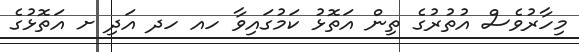
މިހާރުވެސް އުތުރުގެ ތިން އަތޮޅު ކަމުގައިވާ ހއ ހދ އަދި ށ އަތޮޅުގެ